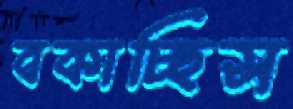
বকাচ্ছিস